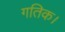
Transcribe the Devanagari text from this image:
गतिक।